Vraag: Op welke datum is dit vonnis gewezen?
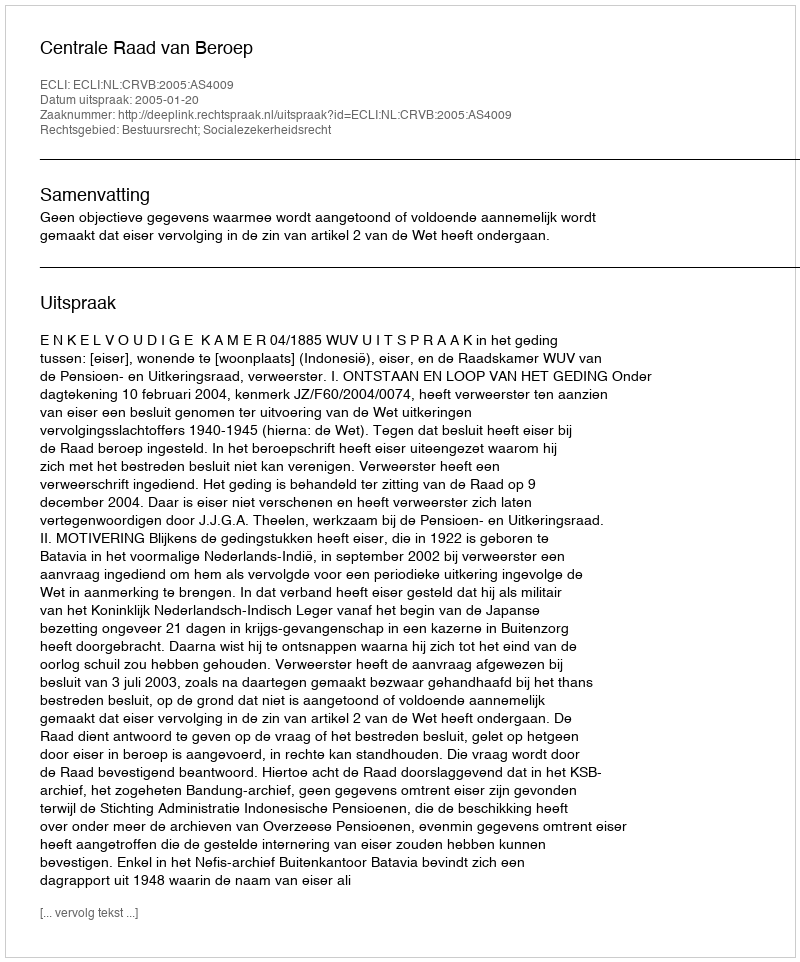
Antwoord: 2005-01-20